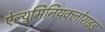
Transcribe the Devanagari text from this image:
ऐल्युमिनियक्लोराइड